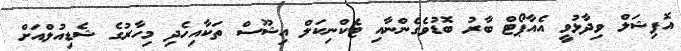
އޮފިޝަލް ވިދާޅުވީ އެއާޕޯޓް ބާރު ބޮޑުވެގެންނާއި ޓެކްނިކަލް އިޝޫސް ތަކާއިހެދި މިހާރުގެ ޝެޑިއުލްއަށް